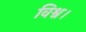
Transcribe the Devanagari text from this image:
विश्व।